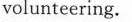
volunteering.